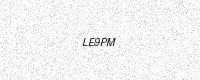
Text: LE9PM